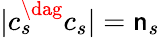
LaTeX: |c_{s}^{\dag}c_{s}|=\mathsf{n}_{s}